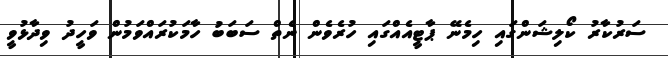
ސަރުކާރު ކޯލިޝަންގައި ހިމެނޭ ޕާޓީއެއްގައި ހުރެވެން ނެތް ސަބަބު ހާމަކުރައްވަމުން ވަހީދު ވިދާޅުވީ